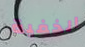
الخفية